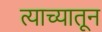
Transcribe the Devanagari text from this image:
त्याच्यातून